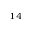
_ { 1 4 }